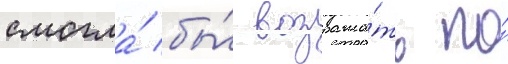
смогла́ бы́ возража́ть по́